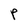
Character: p